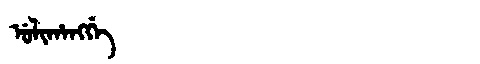
Manchu: ᡠᠯᡳᡥᠠᠩᡤᡝ
Romanization: ULIHANGGE